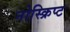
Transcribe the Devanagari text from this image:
नोस्क्रिप्ट